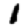
Digit: 1